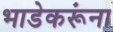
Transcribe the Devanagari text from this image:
भाडेकरूंना